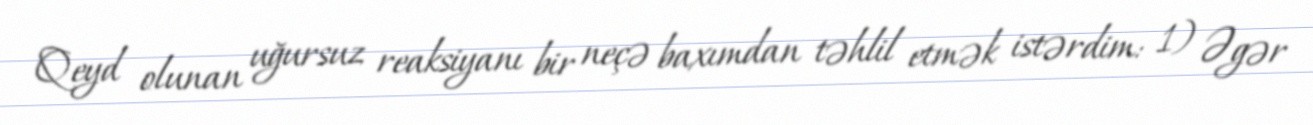
Qeyd olunan uğursuz reaksiyanı bir neçə baxımdan təhlil etmək istərdim: 1) Əgər